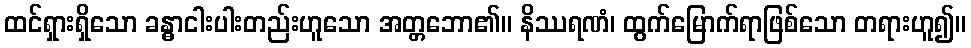
ထင်ရှားရှိသော ခန္ဓာငါးပါးတည်းဟူသော အတ္တဘော၏။ နိဿရဏံ၊ ထွက်မြောက်ရာဖြစ်သော တရားဟူ၍။